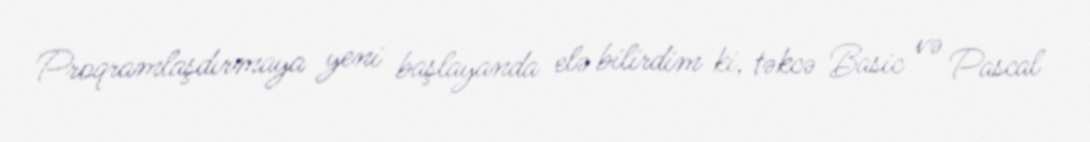
Proqramlaşdırmaya yeni başlayanda elə bilirdim ki, təkcə Basic və Pascal